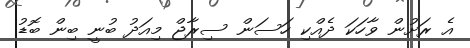
އެ ރަށުން ވާހަކަ ދެއްކި ހަސަން ސިރާޖް މިއަދު ބުނީ ބިން ބޮޑު